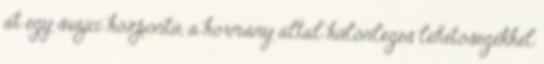
át egy svájci központú, a kormány által különleges lehetőségekkel